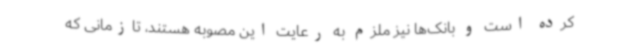
کرده است و بانک‌ها نیز ملزم به رعایت این مصوبه هستند، تازمانی که